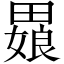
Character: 𬏒